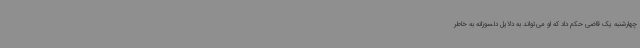
چهارشنبه یک قاضی حکم داد که او می‌تواند به دلایل دلسوزانه به خاطر